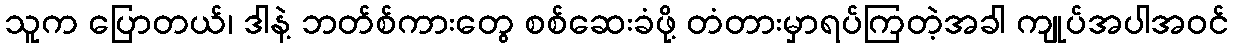
သူက ပြောတယ်၊ ဒါနဲ့ ဘတ်စ်ကားတွေ စစ်ဆေးခံဖို့ တံတားမှာရပ်ကြတဲ့အခါ ကျုပ်အပါအဝင်